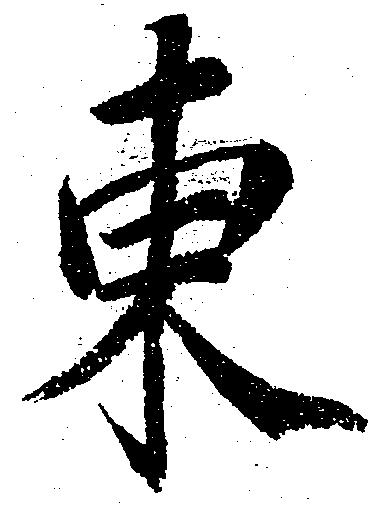
東